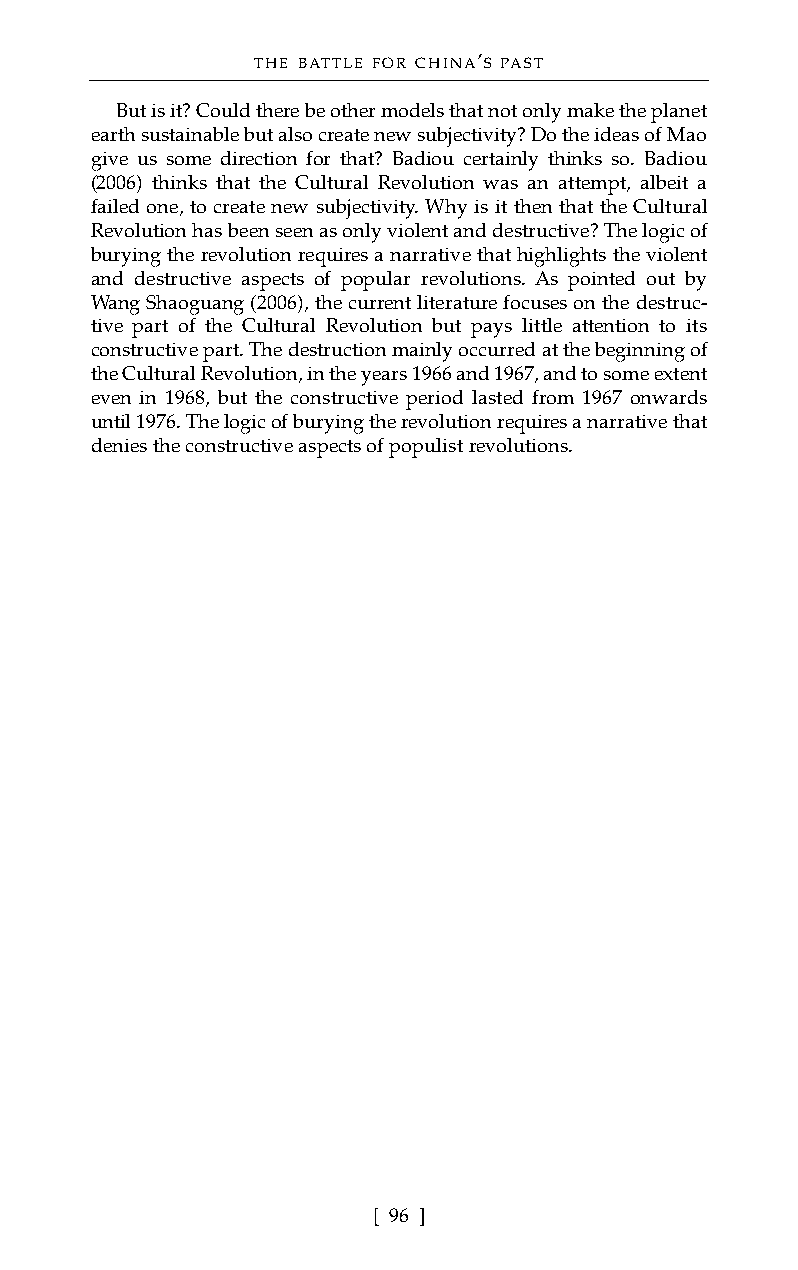
THE BATTLE FOR CHINA’S PAST
 But is it? Could there be other models that not only make the planet
 earth sustainable but also create new subjectivity? Do the ideas of Mao
 give us some direction for that? Badiou certainly thinks so. Badiou
 (2006) thinks that the Cultural Revolution was an attempt, albeit a
 failed one, to create new subjectivity. Why is it then that the Cultural
 Revolution has been seen as only violent and destructive? The logic of
 burying the revolution requires a narrative that highlights the violent
 and destructive aspects of popular revolutions. As pointed out by
 Wang Shaoguang (2006), the current literature focuses on the destruc-
 tive part of the Cultural Revolution but pays little attention to its
 constructive part. The destruction mainly occurred at the beginning of
 the Cultural Revolution, in the years 1966 and 1967, and to some extent
 even in 1968, but the constructive period lasted from 1967 onwards
 until 1976. The logic of burying the revolution requires a narrative that
 denies the constructive aspects of populist revolutions.
 [ 96 ]